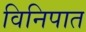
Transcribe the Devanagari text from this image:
विनिपात